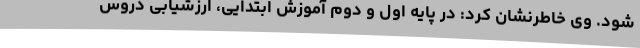
شود. وی خاطرنشان کرد: در پایه اول و دوم آموزش ابتدایی، ارزشیابی دروس